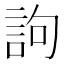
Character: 訽